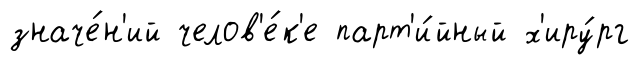
значе́н'ий челов'е́к'е парт'и́йный х'иру́рг